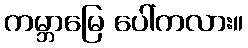
ကမ္ဘာမြေ ပေါ်ကလား။